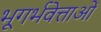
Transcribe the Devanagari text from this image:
भूगर्भवेत्ताओं